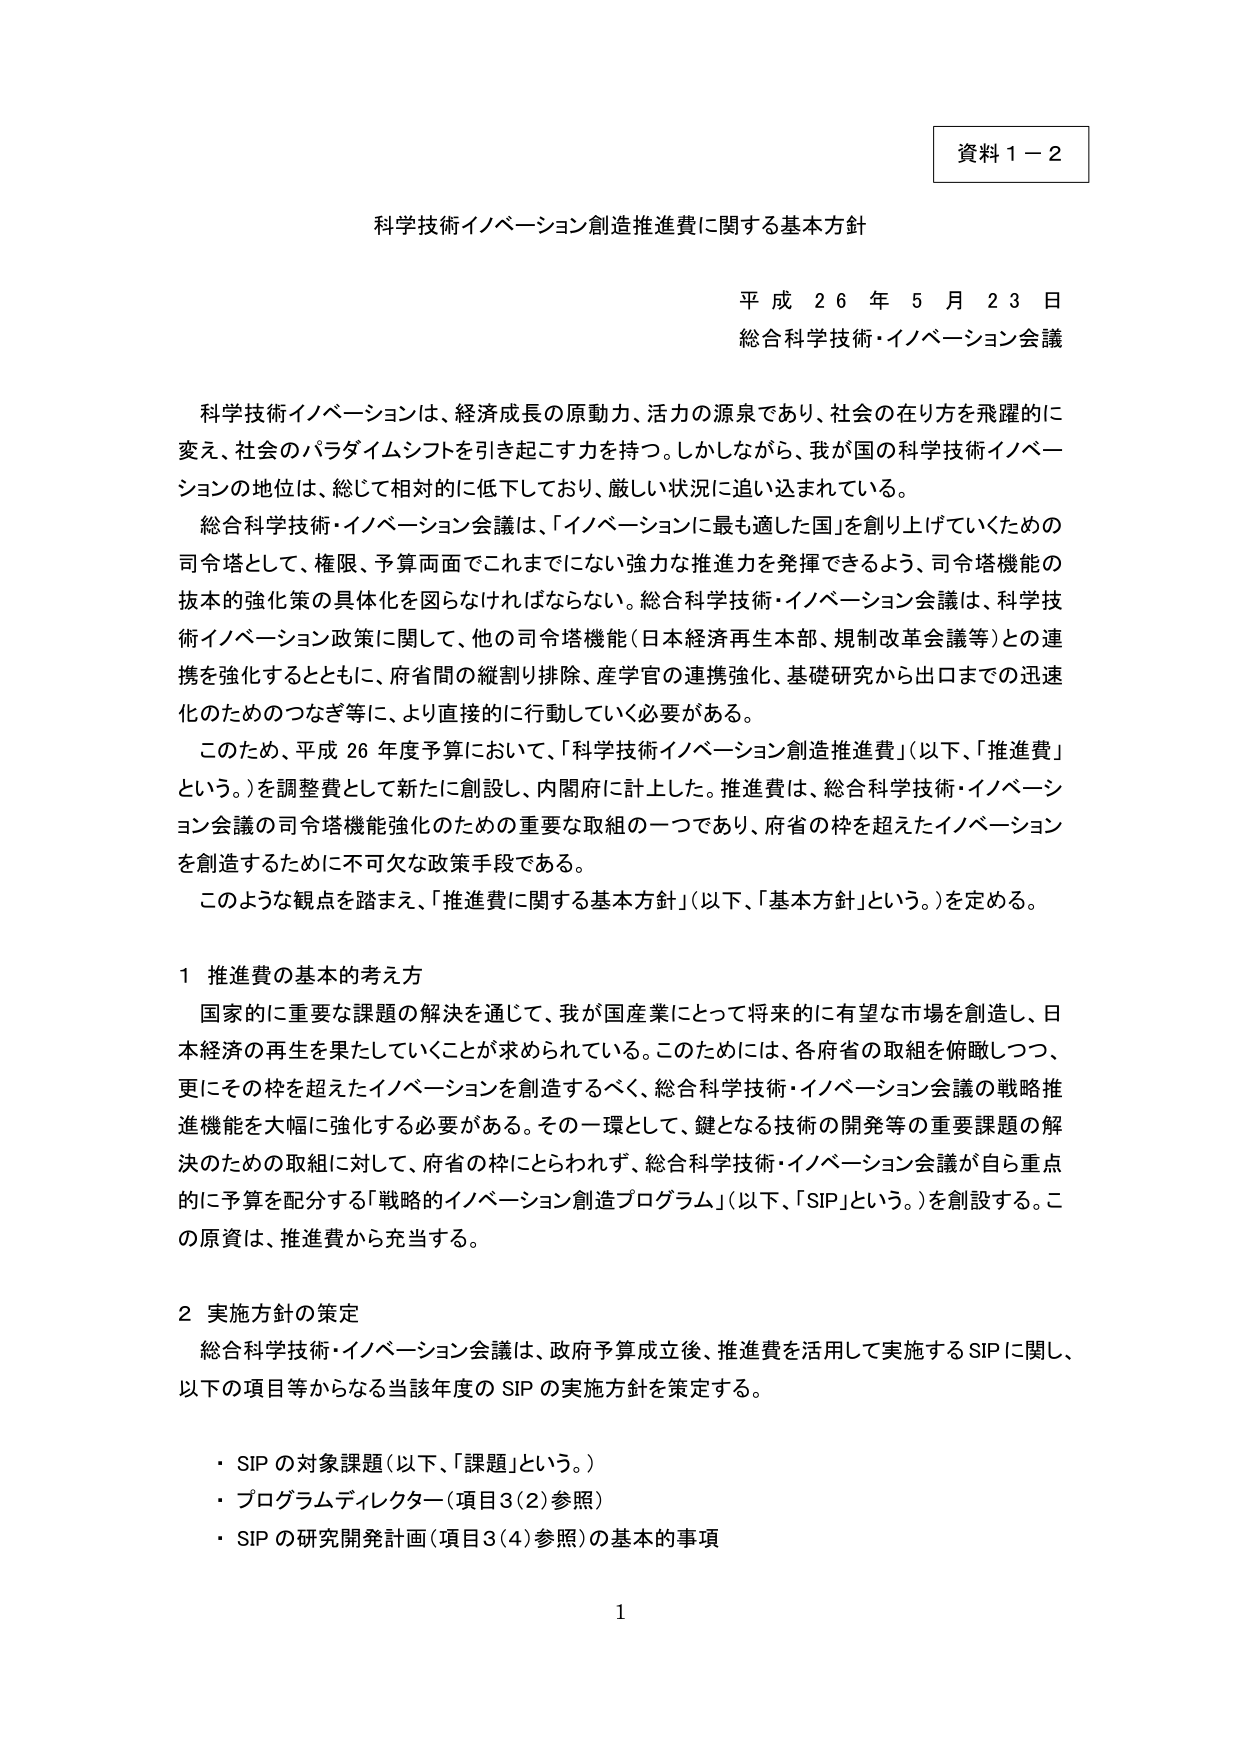
資料１－２

科学技術イノベーション創造推進費に関する基本方針

平成２６年５月２３日
総合科学技術・イノベーション会議

科学技術イノベーションは、経済成長の原動力、活力の源泉であり、社会の在り方を飛躍的に変え、社会のパラダイムシフトを引き起こす力を持つ。しかしながら、我が国の科学技術イノベーションの地位は、総じて相対的に低下しており、厳しい状況に追い込まれている。

総合科学技術・イノベーション会議は、「イノベーションに最も適した国」を創り上げていくための司令塔として、権限、予算両面でこれまでにない強力な推進力を発揮できるよう、司令塔機能の抜本的強化策の具体化を図らなければならない。総合科学技術・イノベーション会議は、科学技術イノベーション政策に関して、他の司令塔機能（日本経済再生本部、規制改革会議等）との連携を強化するとともに、府省間の縦割り排除、産学官の連携強化、基礎研究から出口までの迅速化のためのつなぎ等に、より直接的に行動していく必要がある。

このため、平成26年度予算において、「科学技術イノベーション創造推進費」（以下、「推進費」という。）を調整費として新たに創設し、内閣府に計上した。推進費は、総合科学技術・イノベーション会議の司令塔機能強化のための重要な取組の一つであり、府省の枠を超えたイノベーションを創造するために不可欠な政策手段である。

このような観点を踏まえ、「推進費に関する基本方針」（以下、「基本方針」という。）を定める。

１ 推進費の基本的考え方

国家的に重要な課題の解決を通じて、我が国産業にとって将来的に有望な市場を創造し、日本経済の再生を果たしていくことが求められている。このためには、各府省の取組を俯瞰しつつ、更にその枠を超えたイノベーションを創造するべく、総合科学技術・イノベーション会議の戦略推進機能を大幅に強化する必要がある。その一環として、鍵となる技術の開発等の重要課題の解決のための取組に対して、府省の枠にとらわれず、総合科学技術・イノベーション会議が自ら重点的に予算を配分する「戦略的イノベーション創造プログラム」（以下、「SIP」という。）を創設する。この原資は、推進費から充当する。

２ 実施方針の策定

総合科学技術・イノベーション会議は、政府予算成立後、推進費を活用して実施するSIPに関し、以下の項目等からなる当該年度のSIPの実施方針を策定する。

・ SIPの対象課題（以下、「課題」という。）
・ プログラムディレクター（項目3(2)参照）
・ SIPの研究開発計画（項目3(4)参照）の基本的事項

1